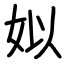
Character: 姒